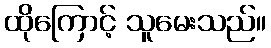
ထိုကြောင့် သူမေးသည်။